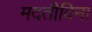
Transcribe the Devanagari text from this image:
मदतीविना